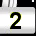
Digit: 2